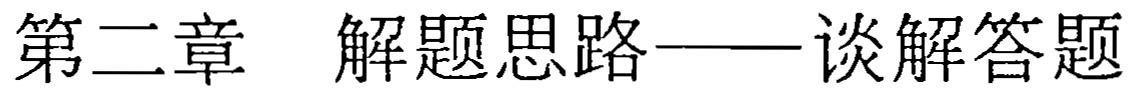
第二章  解题思路——谈解答题